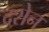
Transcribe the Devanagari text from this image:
दशेन